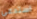
استدعى